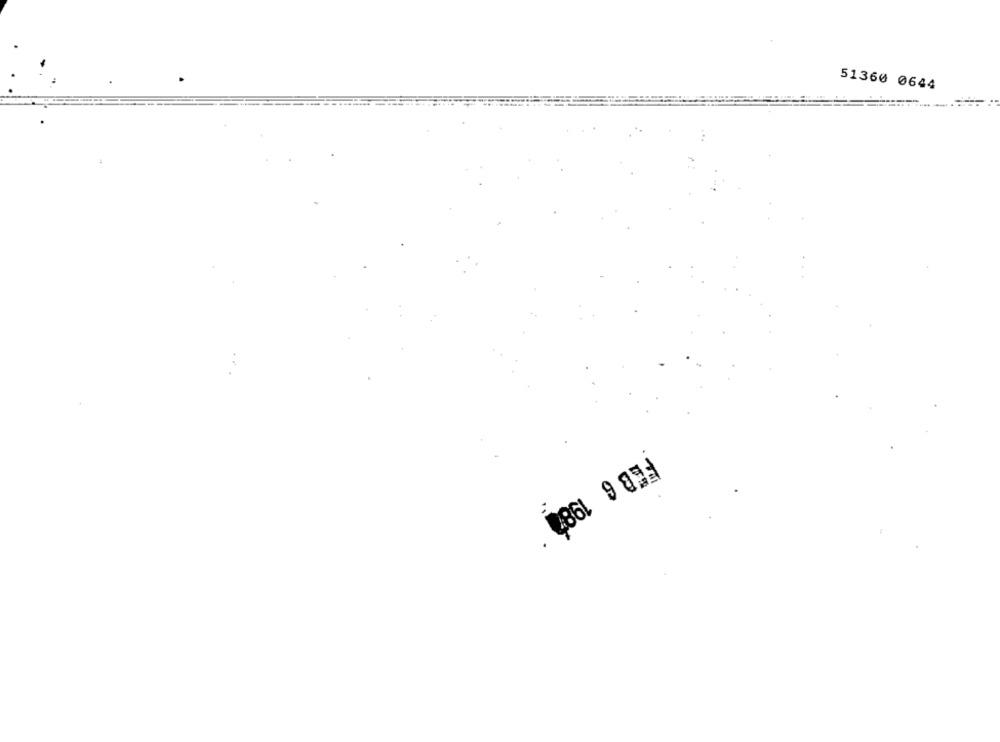
51360 0644
FEB 6 1980